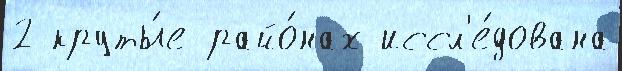
2 круты́е райо́нах иссл'е́дована